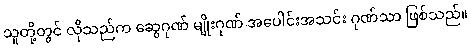
သူတို့တွင် လိုသည်က ဆွေဂုဏ် မျိုးဂုဏ် အပေါင်းအသင်း ဂုဏ်သာ ဖြစ်သည်။